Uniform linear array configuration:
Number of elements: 64
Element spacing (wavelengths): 0.5
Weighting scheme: hamming
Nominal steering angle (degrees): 15
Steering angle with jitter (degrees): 16.394
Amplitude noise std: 0.05
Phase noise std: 0.05

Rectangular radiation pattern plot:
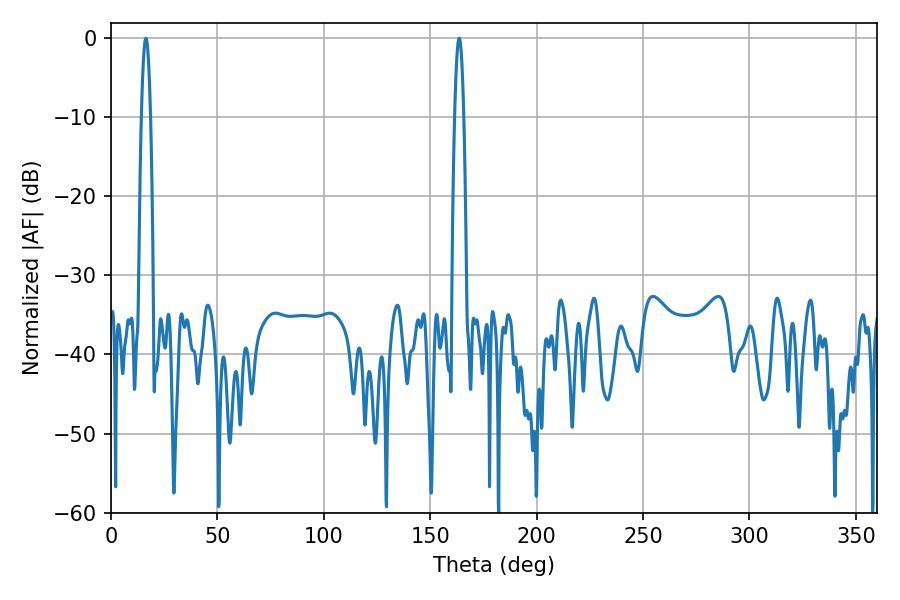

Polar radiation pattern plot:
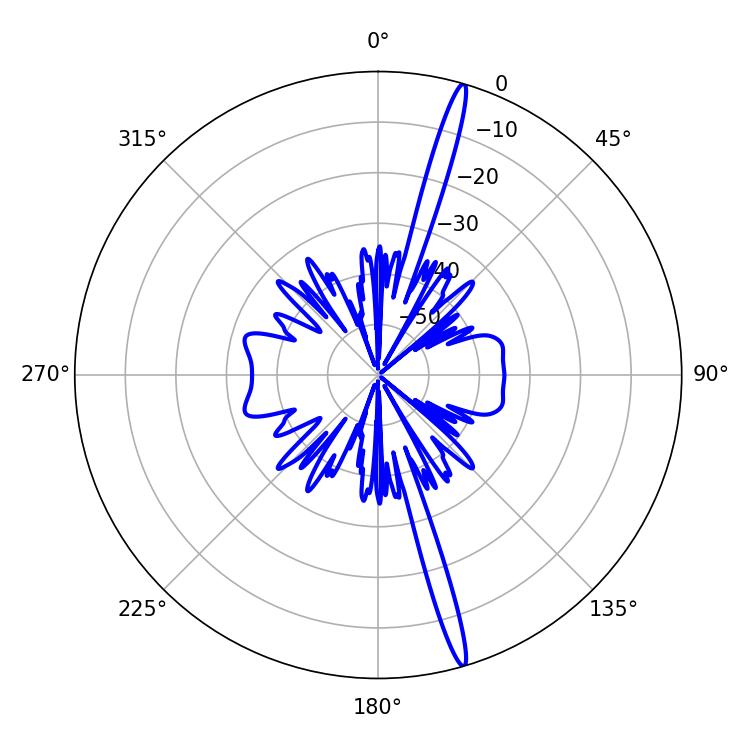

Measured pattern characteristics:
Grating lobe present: FALSE
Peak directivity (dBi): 18.977
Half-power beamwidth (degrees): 2.16
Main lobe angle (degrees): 16.38